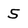
Character: 5